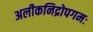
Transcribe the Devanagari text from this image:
अलीकनिद्रोपगमः